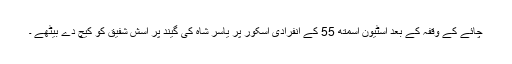
چائے کے وقفہ کے بعد اسٹیون اسمتھ 55 کے انفرادی اسکور پر یاسر شاہ کی گیند پر اسش شفیق کو کیچ دے بیٹھے ۔